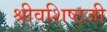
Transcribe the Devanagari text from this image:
श्रीवशिष्ठजी